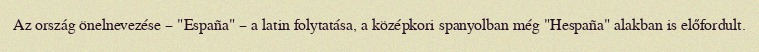
Az ország önelnevezése – "España" – a latin folytatása, a középkori spanyolban még "Hespaña" alakban is előfordult.